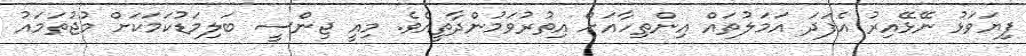
ފިޔަވަޅު ނޭޅޭއިރު އެފަދަ އަމަލުތައް އިންތިހާއަށް އިތުރުވަމުންދާތީއެވެ. މިއީ ޖިންސީ ބަލިމަޑުކަމަކަށް މުޖުތަމައު